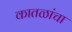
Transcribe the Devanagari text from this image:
कातळांचा